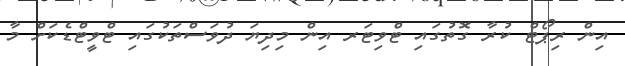
އިން ރިޕޯޓް ކުރާ ގޮތުގައި ޓްވިޓަރ އިން މިދިޔަ ދުވަސްތަކުގައި ޓްވީޓްޑެކަށް މާ